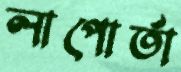
লাপোর্তা